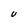
Character: U